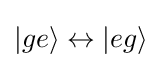
|ge\rangle \leftrightarrow |eg\rangle